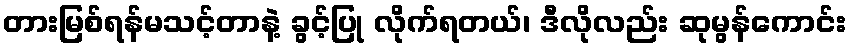
တားမြစ်ရန်မသင့်တာနဲ့ ခွင့်ပြု လိုက်ရတယ်၊ ဒီလိုလည်း ဆုမွန်ကောင်း